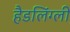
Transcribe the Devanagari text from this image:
हैडलिंग्ली